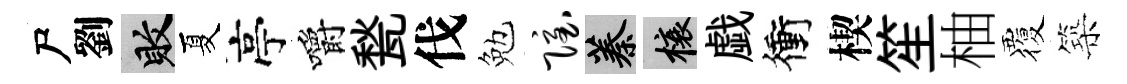
尸劉敗夏亭嚼甃伐勉隐蓁榱戯衝楔笙柚覆築